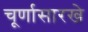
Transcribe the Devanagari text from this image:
चूर्णासारखे